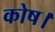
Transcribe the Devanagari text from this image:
कोष।